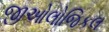
જીઓલોજિકલ